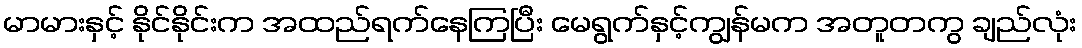
မာမားနှင့် နိုင်နိုင်းက အထည်ရက်နေကြပြီး မေရွက်နှင့်ကျွန်မက အတူတကွ ချည်လုံး